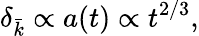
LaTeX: \delta_{\bar{k}}\propto a(t)\propto t^{2/3},